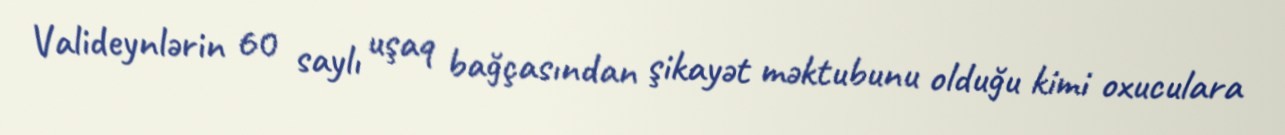
Valideynlərin 60 saylı uşaq bağçasından şikayət məktubunu olduğu kimi oxuculara